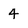
Character: 4